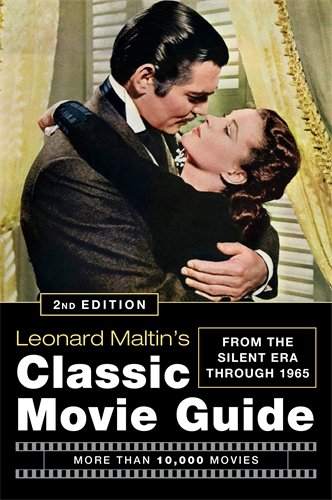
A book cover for Leonard Maltin's Classic Movie Guide: From the Silent Era Through 1965, Second Edition; Leonard Maltin; Humor & Entertainment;